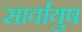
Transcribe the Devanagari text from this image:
सार्वायुष